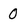
Character: 0